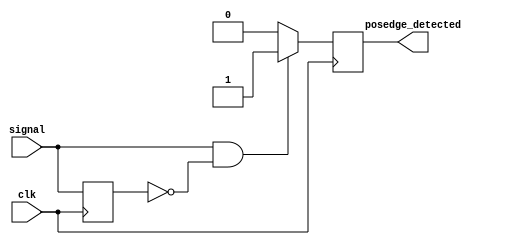
module posedge_detector (
    input wire clk,                // Clock input
    input wire signal,             // Input signal to detect rising edge
    output reg posedge_detected    // Output pulse for rising edge detection
);

    reg previous_signal;           // Register to hold the previous state of the input signal

    always @(posedge clk) begin
        // Detect rising edge
        if (signal == 1'b1 && previous_signal == 1'b0) begin
            posedge_detected <= 1'b1; // Set output high for one clock cycle
        end else begin
            posedge_detected <= 1'b0; // Reset output to low
        end
        
        // Update previous state
        previous_signal <= signal; // Store current signal state for next clock cycle
    end

endmodule